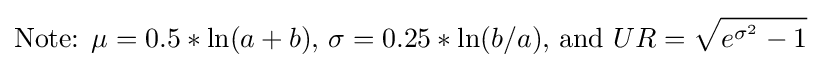
{\text{Note: }}\mu =0.5*\ln(a+b){\text{, }}\sigma =0.25*\ln(b/a){\text{, and }}UR={\sqrt {e^{\sigma ^{2}}-1}}